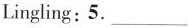
Lingling:5. ___